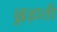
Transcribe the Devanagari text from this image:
छुड़ाती